画像に写った文字を読んでください
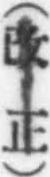
「(改正)」と書いてあります